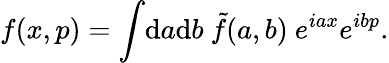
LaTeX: f(x,p)=\int\! \mathrm{d}a\mathrm{d}b~\tilde{{f}}(a,b)~e^{iax}e^{ibp}.